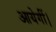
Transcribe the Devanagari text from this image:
आयेगीं।